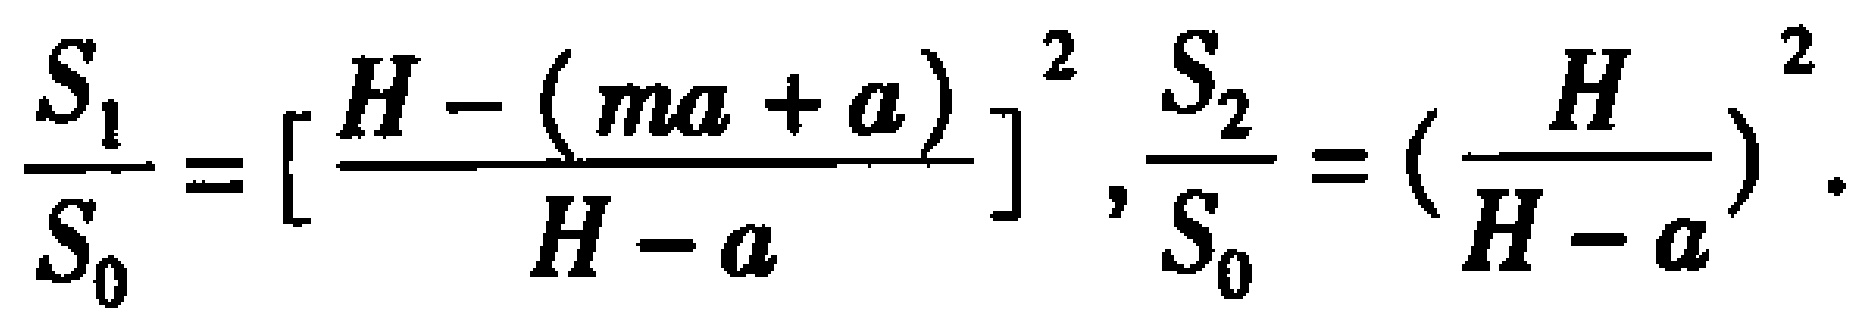
\(\frac{S_{1}}{S_{0}} = [\frac{H - (ma + a)}{H - a}]^{2},\frac{S_{2}}{S_{0}} = (\frac{H}{H - a})^{2}.\)